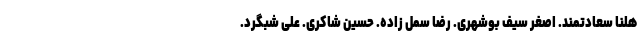
هلنا سعادتمند. اصغر سیف بوشهری. رضا سمل زاده. حسین شاکری. علی شبگرد.